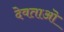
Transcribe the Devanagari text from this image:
देवताऒ